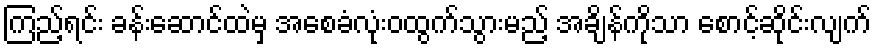
ကြည့်ရင်း ခန်းဆောင်ထဲမှ အစေခံလုံးဝထွက်သွားမည့် အချိန်ကိုသာ စောင့်ဆိုင်းလျက်